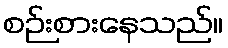
စဉ်းစားနေသည်။